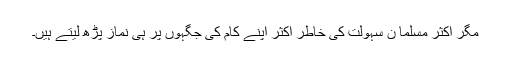
مگر اکثر مسلما ن سہولت کی خاطر اکثر اپنے کام کی جگہوں پر ہی نماز پڑھ لیتے ہیں۔